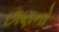
છાણનો